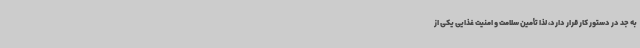
به جد در دستور کار قرار دارد، لذا تأمین سلامت و امنیت غذایی یکی از